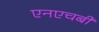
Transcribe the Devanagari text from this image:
एनएचबी